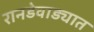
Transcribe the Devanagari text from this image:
रानडेवाड्यात